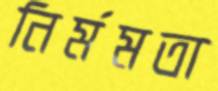
নির্মমতা